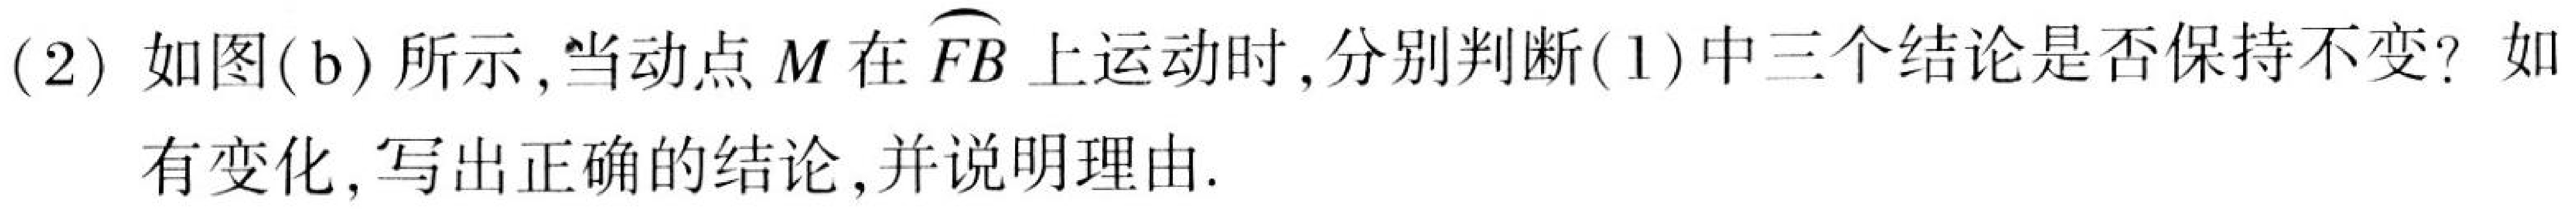
(2) 如图(b)所示,当动点\(M\)在\(\overset{\frown}{FB}\)上运动时,分别判断(1)中三个结论是否保持不变?如 有变化,写出正确的结论,并说明理由.